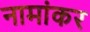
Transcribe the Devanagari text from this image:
नामांकर